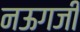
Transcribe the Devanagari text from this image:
नऊगजी